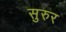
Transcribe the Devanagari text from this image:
सुरुर